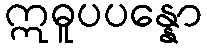
ဣဓူပပန္နော